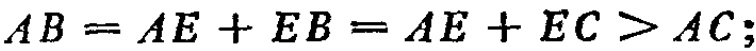
\(AB = AE + EB = AE + EC > AC;\)